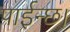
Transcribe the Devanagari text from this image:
पाईन्छ।